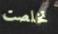
تخلصت